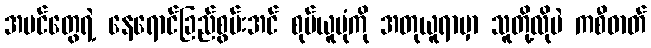
အပင်တွေရဲ့ နေရောင်ခြည်စွမ်းအင် စုပ်ယူပုံကို အတုယူရာမှာ သူတို့လိုပဲ ကစီဓာတ်